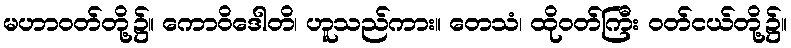
မဟာဝတ်တို့၌။ ကောဝိဒေါတိ၊ ဟူသည်ကား။ တေသံ၊ ထိုဝတ်ကြီး ဝတ်ငယ်တို့၌။